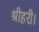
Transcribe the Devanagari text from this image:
श्रीहरी।